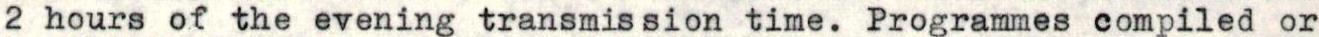
2 hours of the evening transmission time. Programmes compiled or